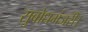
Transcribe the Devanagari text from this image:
सुबोधमंजरी।